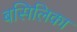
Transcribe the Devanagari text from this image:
बसिलिका